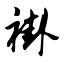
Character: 褂